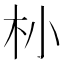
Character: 㭂